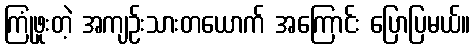
ကြုံဖူးတဲ့ အကျဉ်းသားတယောက် အကြောင်း ပြောပြမယ်။